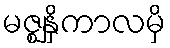
မဇ္ဈနှိကာလမှိ